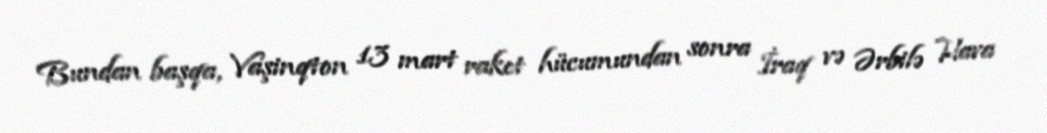
Bundan başqa, Vaşinqton 13 mart raket hücumundan sonra İraq və Ərbilə Hava